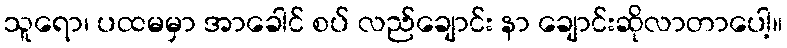
သူရော၊ ပထမမှာ အာခေါင် စပ် လည်ချောင်း နာ ချောင်းဆိုလာတာပေါ့။